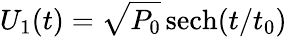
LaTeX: U_{1}(t)=\sqrt{P_{0}}\, {\mathrm{sech}}(t/t_{0})